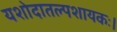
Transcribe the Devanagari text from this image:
यशोदातल्पशायकः।